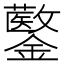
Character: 𨯍